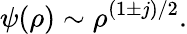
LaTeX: \psi(\rho)\sim\rho^{(1\pm j)/2}.